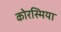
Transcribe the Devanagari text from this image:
कोरस्मिया